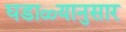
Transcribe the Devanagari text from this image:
घडाळ्यानुसार